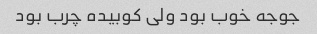
جوجه خوب بود ولی کوبیده چرب بود